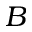
B